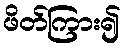
ဖိတ်ကြား၍